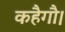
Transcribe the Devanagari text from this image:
कहैगौ।